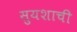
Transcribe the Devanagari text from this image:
सुयशाची